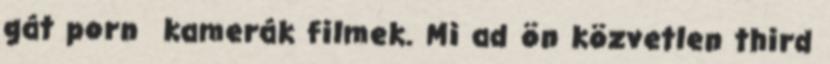
gát porn kamerák filmek. Mi ad ön közvetlen third